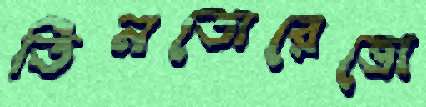
তিনতোরেত্তো